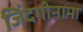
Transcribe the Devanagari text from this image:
जिंदगीनामा